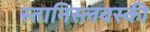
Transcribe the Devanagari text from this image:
स्तानिस्लवस्की